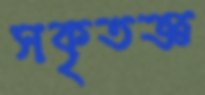
সকৃতজ্ঞ